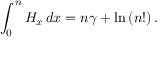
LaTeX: \int _ { 0 } ^ { n } H _ { x } \, d x = n \gamma + \ln { ( n ! ) } \, .